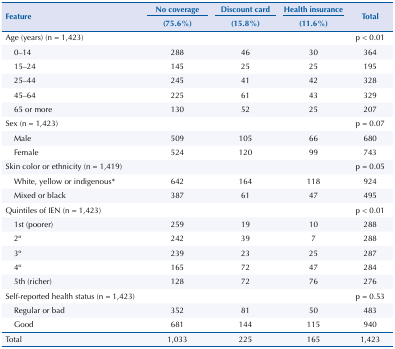
<table><thead><tr><td rowspan="2" colspan="2"><b>Feature</b></td><td><b>No coverage</b></td><td><b>Discount card</b></td><td><b>Health insurance</b></td><td rowspan="2"><b>Total</b></td></tr><tr><td><b>(75.6%)</b></td><td><b>(15.8%)</b></td><td><b>(11.6%)</b></td></tr></thead><tbody><tr><td colspan="2">Age (years) (n = 1,423)</td><td></td><td></td><td></td><td>p &lt; 0.01</td></tr><tr><td></td><td>0-14</td><td>288</td><td>46</td><td>30</td><td>364</td></tr><tr><td></td><td>15-24</td><td>145</td><td>25</td><td>25</td><td>195</td></tr><tr><td></td><td>25-44</td><td>245</td><td>41</td><td>42</td><td>328</td></tr><tr><td></td><td>45-64</td><td>225</td><td>61</td><td>43</td><td>329</td></tr><tr><td></td><td>65 or more</td><td>130</td><td>52</td><td>25</td><td>207</td></tr><tr><td colspan="2">Sex (n = 1,423)</td><td></td><td></td><td></td><td>p = 0.07</td></tr><tr><td></td><td>Male</td><td>509</td><td>105</td><td>66</td><td>680</td></tr><tr><td></td><td>Female</td><td>524</td><td>120</td><td>99</td><td>743</td></tr><tr><td colspan="2">Skin color or ethnicity (n = 1,419)</td><td></td><td></td><td></td><td>p = 0.05</td></tr><tr><td></td><td>White, yellow or indigenous*</td><td>642</td><td>164</td><td>118</td><td>924</td></tr><tr><td></td><td>Mixed or black</td><td>387</td><td>61</td><td>47</td><td>495</td></tr><tr><td colspan="2">Quintiles of IEN (n = 1,423)</td><td></td><td></td><td></td><td>p &lt; 0.01</td></tr><tr><td></td><td>1st (poorer)</td><td>259</td><td>19</td><td>10</td><td>288</td></tr><tr><td></td><td>2°</td><td>242</td><td>39</td><td>7</td><td>288</td></tr><tr><td></td><td>3°</td><td>239</td><td>23</td><td>25</td><td>287</td></tr><tr><td></td><td>4°</td><td>165</td><td>72</td><td>47</td><td>284</td></tr><tr><td></td><td>5th (richer)</td><td>128</td><td>72</td><td>76</td><td>276</td></tr><tr><td colspan="2">Self-reported health status (n = 1,423)</td><td></td><td></td><td></td><td>p = 0.53</td></tr><tr><td></td><td>Regular or bad</td><td>352</td><td>81</td><td>50</td><td>483</td></tr><tr><td></td><td>Good</td><td>681</td><td>144</td><td>115</td><td>940</td></tr><tr><td colspan="2">Total</td><td>1,033</td><td>225</td><td>165</td><td>1,423</td></tr></tbody></table>